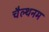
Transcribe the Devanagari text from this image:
चैल्थनम